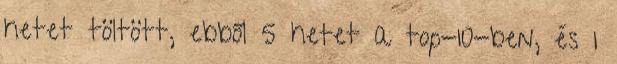
hetet töltött, ebből 5 hetet a top-10-ben, és 1